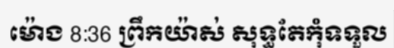
ម៉ោង 8:36 ព្រឹកយ៉ាស់ សុទ្ធតែកុំទទួល